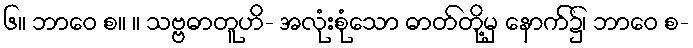
၆။ ဘာဝေ စ။ ။ သဗ္ဗဓာတူဟိ- အလုံးစုံသော ဓာတ်တို့မှ နောက်၌၊ ဘာဝေ စ-